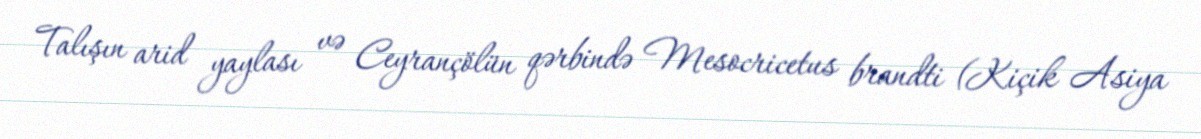
Talışın arid yaylası və Ceyrançölün qərbində Mesocricetus brandti (Kiçik Asiya